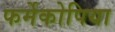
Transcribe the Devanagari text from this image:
फर्मेकोपिया